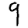
Digit: 9